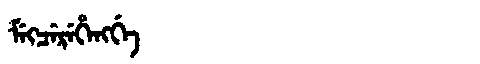
Manchu: ᠮᡝᡴᠴᡝᡵᡝᡥᡝᠩᡤᡝ
Romanization: MEKCEREHENGGE